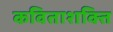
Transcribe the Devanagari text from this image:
कविताशक्ति